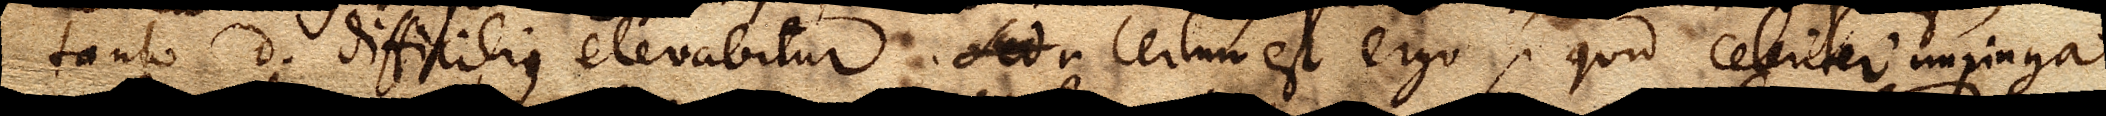
tanto d. difficilius elevabitur. Sed r Certum est ergo, quid celeriter impingat